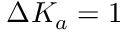
\Delta K _ { a } = 1